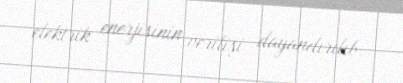
elektrik enerjisinin verilişi dayandırılıb.